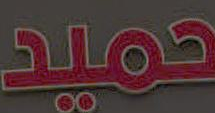
حميد